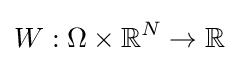
W:\Omega \times \mathbb {R} ^{N}\rightarrow \mathbb {R}